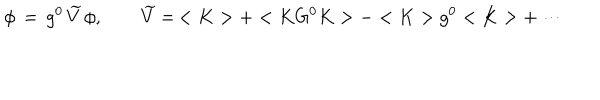
\phi \, = \, g ^ { 0 } \, \widetilde V \, \phi , \qquad \widetilde V = \, < K > + < K G ^ { 0 } K > - < K > g ^ { 0 } < K > + \cdots